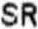
SR